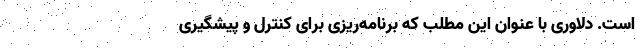
است. دلاوری با عنوان این مطلب که برنامه‌ریزی برای کنترل و پیشگیری